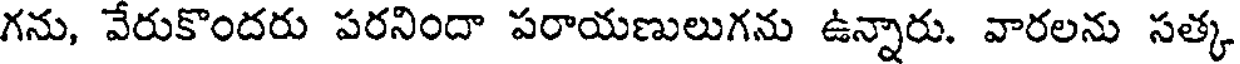
గను, వేరుకొందరు పరనిందా పరాయణులుగను ఉన్నారు. వారలను సత్క